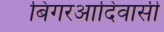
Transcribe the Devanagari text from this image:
बिगरआदिवासी